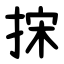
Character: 㧲